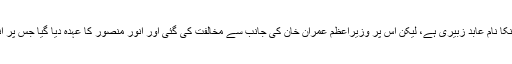
اںھوں نے کہا کہ وفاقی وزیرقانون اپنا اٹارنی جنرل لانا چاہتے تھے جو کہ کراچی سے تھے انکا نام عابد زبیری ہے، لیکن اس پر وزیراعظم عمران خان کی جانب سے مخالفت کی گئی اور انور منصور کا عہدہ دیا گیا جس پر انکے آپس میں شدید اختلافات تھے اور اس کے نتیجے میں انورمنصور صاحب سے استعفیٰ دیا۔